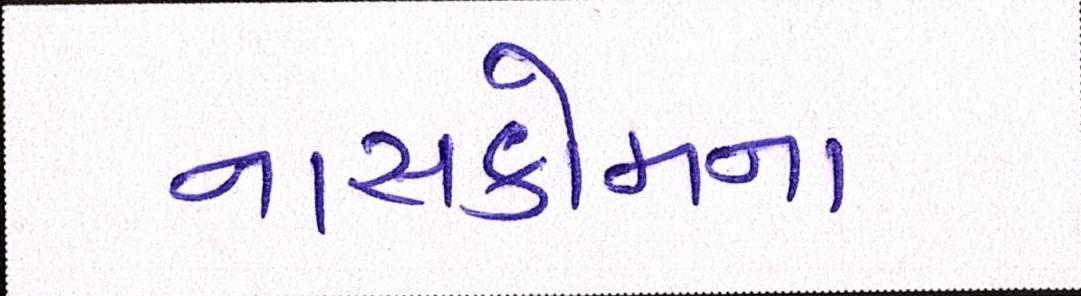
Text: નાસકોમના